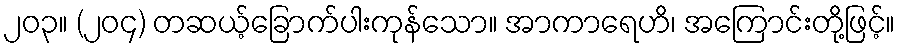
၂၀၃။ (၂၀၄) တဆယ့်ခြောက်ပါးကုန်သော။ အာကာရေဟိ၊ အကြောင်းတို့ဖြင့်။